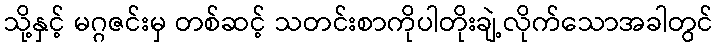
သို့နှင့် မဂ္ဂဇင်းမှ တစ်ဆင့် သတင်းစာကိုပါတိုးချဲ့လိုက်သောအခါတွင်